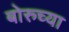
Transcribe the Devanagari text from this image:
बोरुच्या